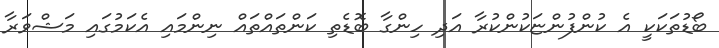
ބޯޑުތަކަކީ އެ ކުންފުންޏަކުންކުރާ އަދި ހިންގާ ބޮޑެތި ކަންތައްތައް ނިންމައި އެކަމުގައި މަޝްވަރާ